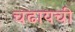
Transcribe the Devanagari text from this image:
चढायची